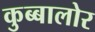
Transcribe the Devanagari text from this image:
कुब्बालोर